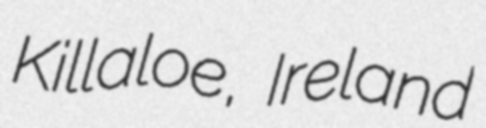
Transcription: Killaloe, Ireland